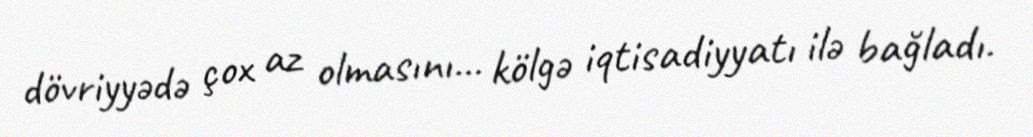
dövriyyədə çox az olmasını... kölgə iqtisadiyyatı ilə bağladı.